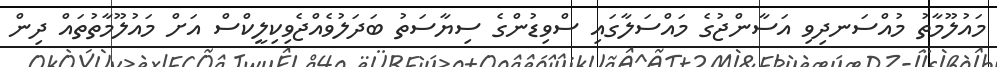
މައުލޫމާތު މުއްސަނދިވި އަސާންޖުގެ މައްސަލާގައި ސްވިޑުންގެ ސިޔާސަތު ބަދަލުވެއްޖެވިކިލީކްސް އަށް މައުލޫމާތުތައް ދިން